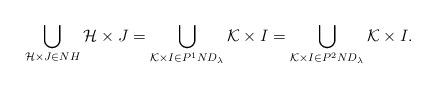
LaTeX: \begin{align*} \bigcup\limits_{\mathcal{H}\times J\in NH}\mathcal{H}\times J=\bigcup_{\mathcal{K}\times I\in P^{1}ND_{\lambda}}\mathcal{K}\times I=\bigcup_{\mathcal{K}\times I\in P^{2}ND_{\lambda}}\mathcal{K}\times I.\end{align*}